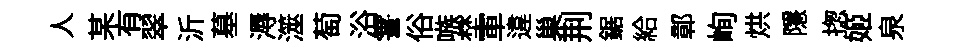
人某有翠沂墓溽澨萄浴霅俗嗾埜軍違巢荆鋸給鄣峋烘隱揔姬泉